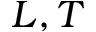
L , T